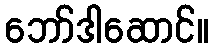
ဘော်ဒါဆောင်။